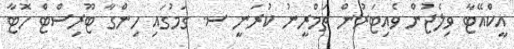
އީކްއޭޓާ ވިލެޖުން ވެއިޓަރުން ތަމްރީނު ކުރަނީ ސ. ގަމުގައި ހިންގާ ޓޫރިސްޓް ހޮޓާ